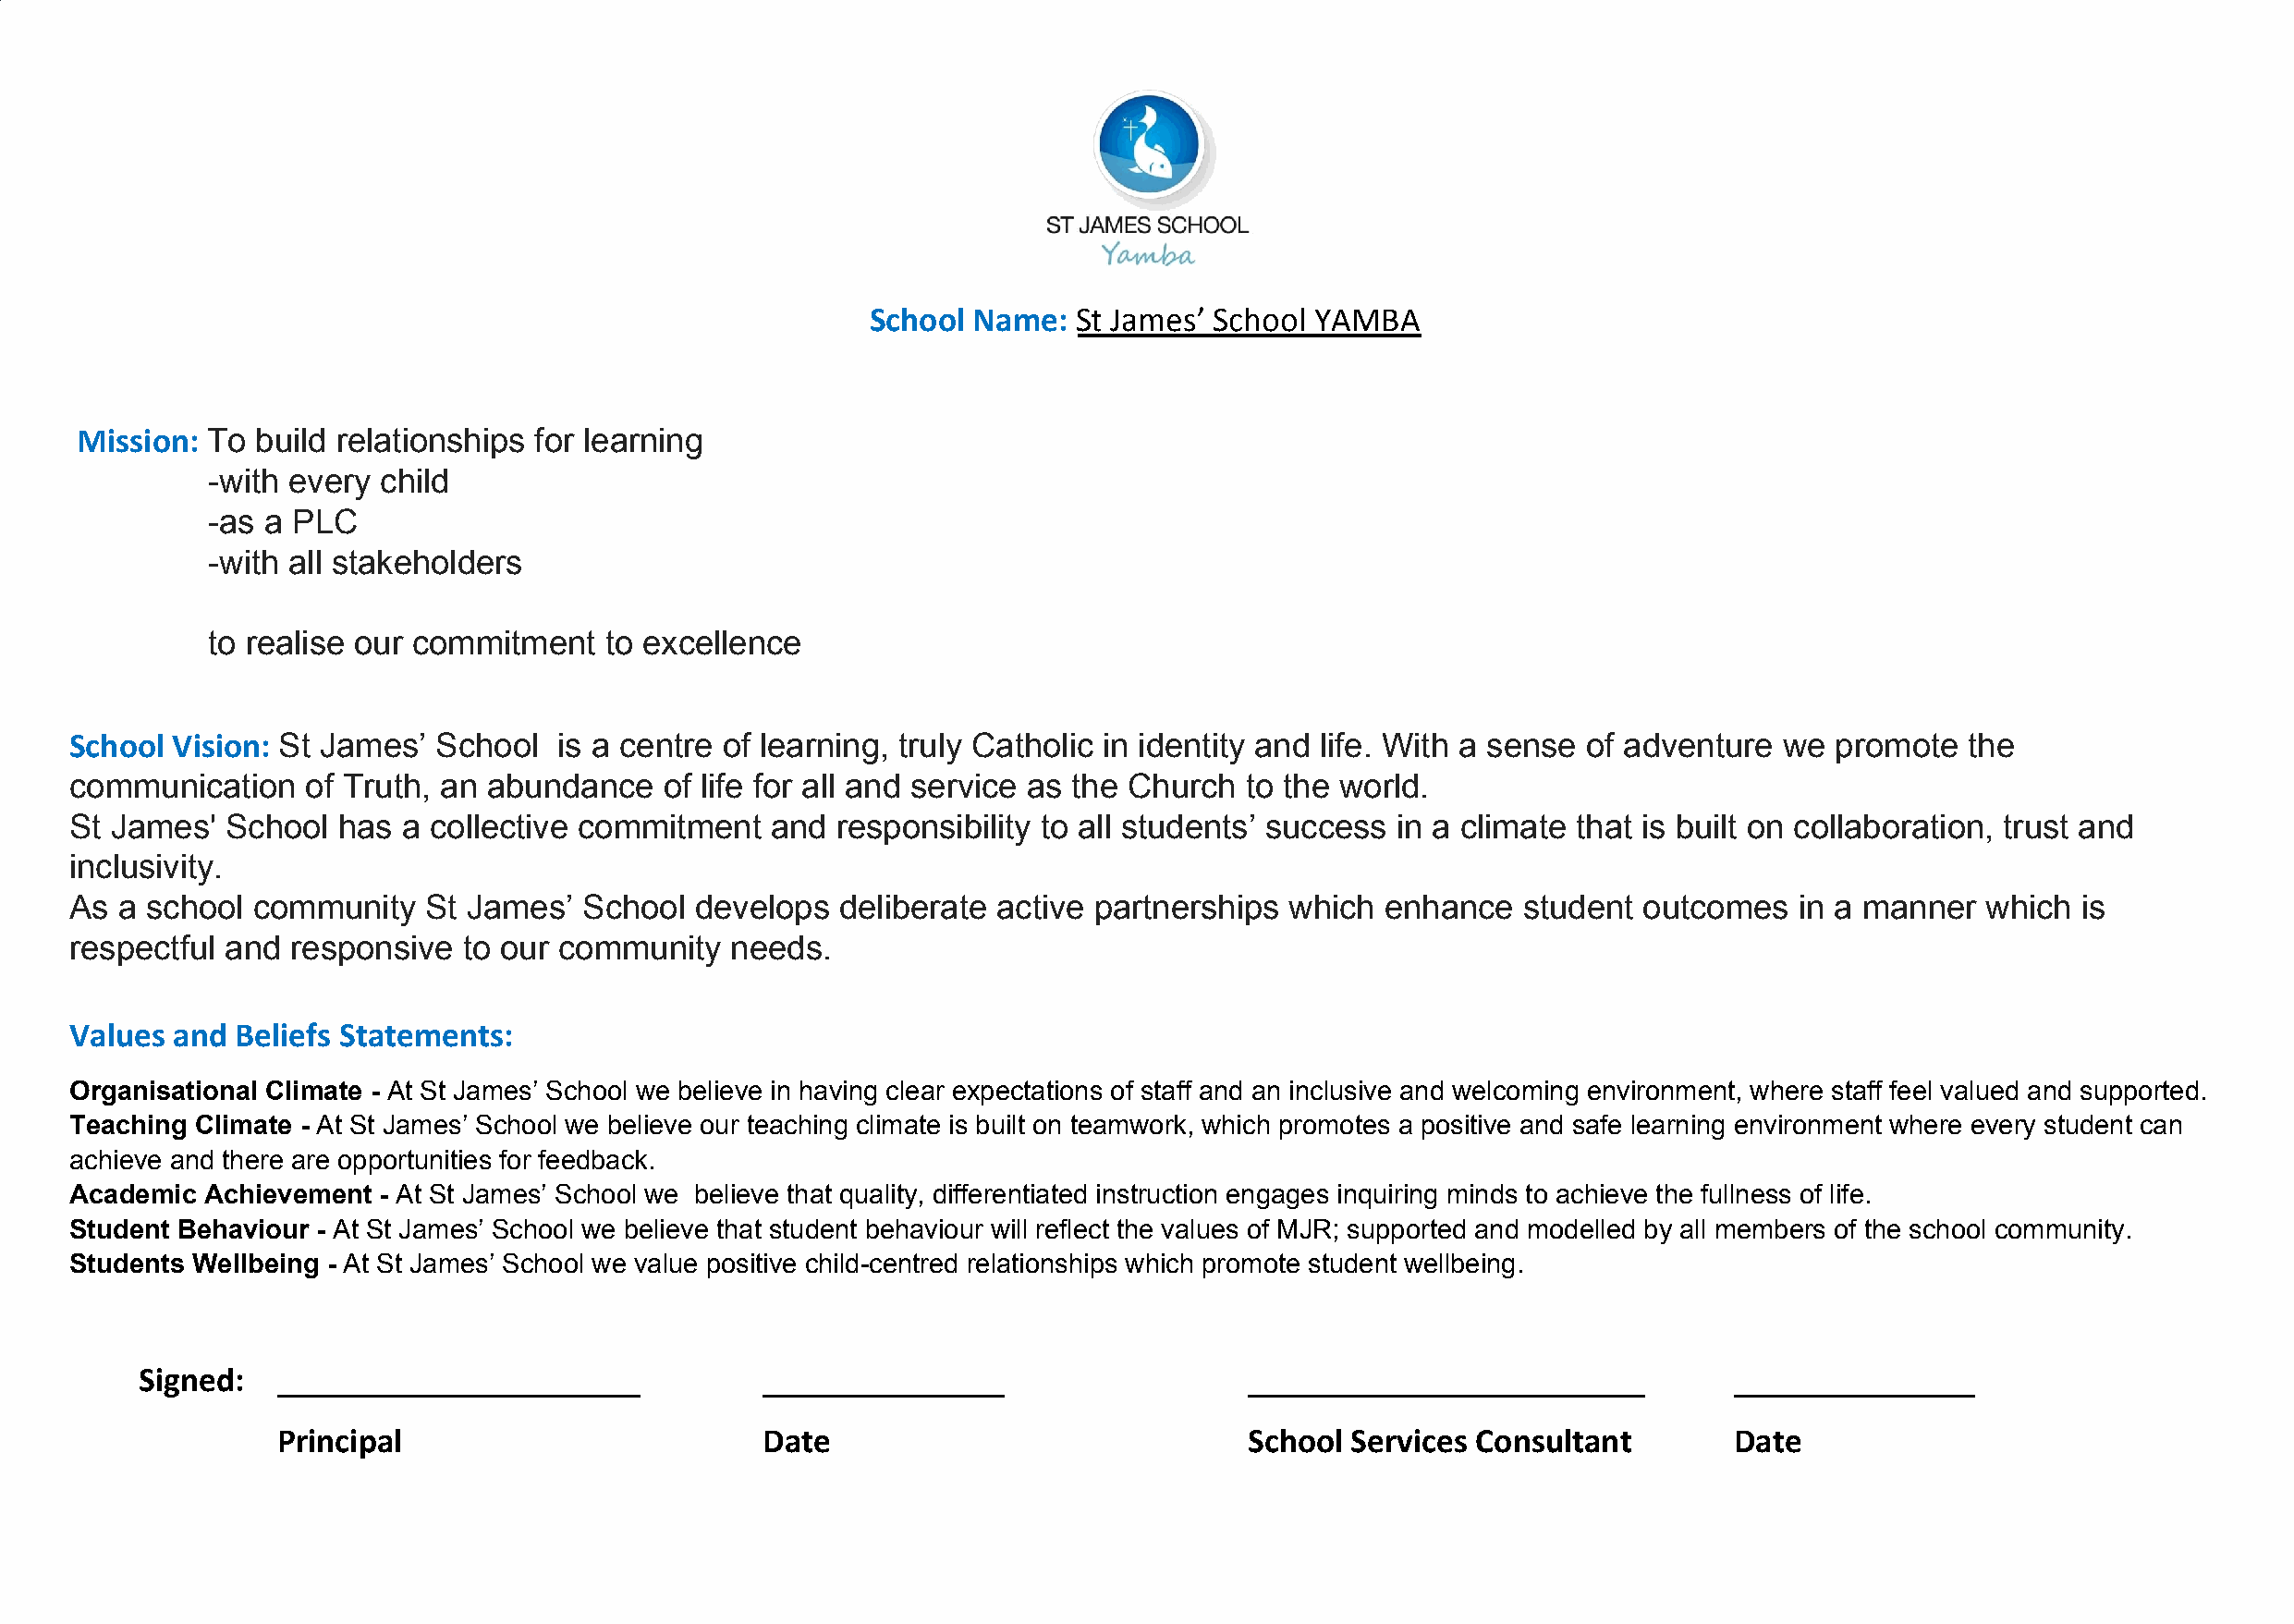
School  Name:  St James’ School YAMBA
 ​
 Mission: To build relationships for learning
 ​
 -with every child
 -as a PLC
 -with all stakeholders
 to realise our commitment   to excellence
 School Vision: St James’  School   is a centre of learning, truly Catholic in identity and life. With a sense of adventure we promote   the
 ​
 communication    of Truth, an abundance   of life for all and service as the Church to the world.
 St James'  School  has  a collective commitment   and  responsibility to all students’ success in a climate that is built on collaboration, trust and
 inclusivity.
 As a school  community   St James’   School  develops  deliberate active partnerships  which  enhance   student  outcomes   in a manner  which  is
 respectful and  responsive  to our community   needs.
 Values and  Beliefs Statements:
 Organisational Climate - At St James’ School we believe in having clear expectations of staff and an inclusive and welcoming environment, where staff feel valued and supported.
 ​
 Teaching Climate - At St James’ School we believe our teaching climate is built on teamwork, which promotes a positive and safe learning environment where every student can
 ​
 achieve and there are opportunities for feedback.
 Academic  Achievement - At St James’ School we believe that quality, differentiated instruction engages inquiring minds to achieve the fullness of life.
 ​
 Student Behaviour - At St James’ School we believe that student behaviour will reflect the values of MJR; supported and modelled by all members of the school community.
 ​
 Students Wellbeing - At St James’ School we value positive child-centred relationships which promote student wellbeing.
 ​
 Signed:   _____________________              ______________                    _______________________            ______________
 Principal                          Date                              School  Services Consultant        Date